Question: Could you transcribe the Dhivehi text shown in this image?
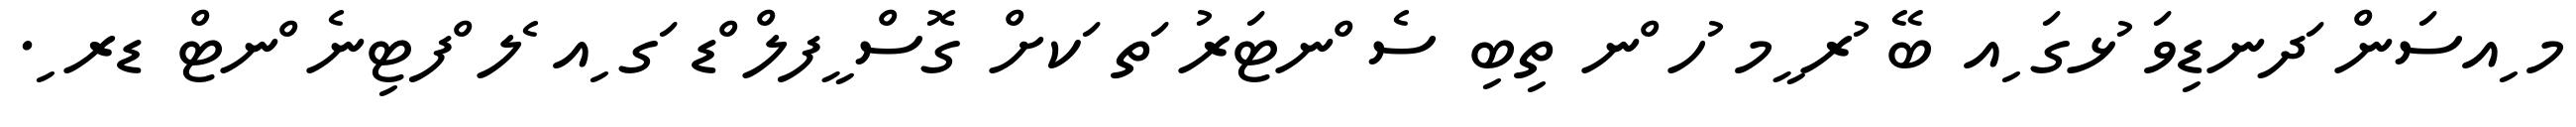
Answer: މ ިއސަން ަދނޑިވަ ުޅގަ ިއ ބޭ ުރ ީމ ުހ ްނ ތިބި ސެ ްނޓަރު ަތ ަކށް ގޮސް ީފލް ްޑ ަގ ިއ ެލ ްފޓިނެ ްނޓް ޑރ ި.